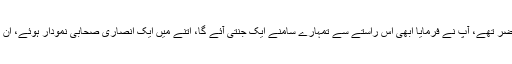
سیّدنا انسؓ روایت کرتے ہیں کہ ہم رسول اکرمؐ کی خدمت میں حاضر تھے، آپؐ نے فرمایا ابھی اس راستے سے تمہارے سامنے ایک جنتی آئے گا، اتنے میں ایک انصاری صحابی نمودار ہوئے، ان کے بائیں ہاتھ میں جوتے تھے اور ڈاڑھی سے پانی ٹپک رہا تھا۔